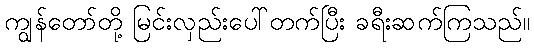
ကျွန်တော်တို့ မြင်းလှည်းပေါ်တက်ပြီး ခရီးဆက်ကြသည်။